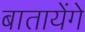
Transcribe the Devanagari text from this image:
बातायेंगे